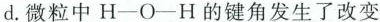
d.微粒中H-O-H的键角发生了改变